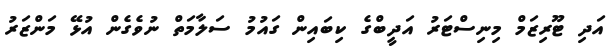
އަދި ޓޫރިޒަމް މިނިސްޓަރު އަދީބްގެ ކިބައިން ގައުމު ސަލާމަތް ނުވެގެން އުޅޭ މަންޒަރު